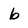
Character: b